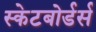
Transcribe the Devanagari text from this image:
स्केटबोर्डर्स